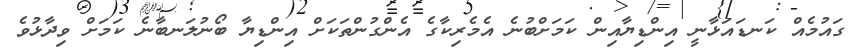
ގައުމެއް ކަނޑައަޅާނީ އިންޑިޔާއިން ކަމަށްބުނެ އެމެރިކާގެ އެންގުންތަކަށް އިންޑިޔާ ބޯނުލަނބާނެ ކަމަށް ވިދާޅުވެ